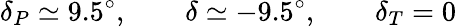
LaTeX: \delta_{P}\simeq 9.5^{\circ},\qquad\delta\simeq-9.5^{\circ},\qquad\delta_{T}=0